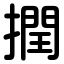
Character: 撋